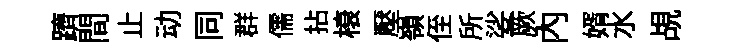
躋間止动同群儒拈榱壓嶺侄所娑厥內婿水覘